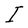
Character: I